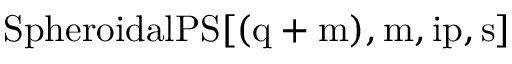
\mathrm { { S p h e r o i d a l P S } [ ( q + m ) , m , i p , s ] }